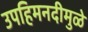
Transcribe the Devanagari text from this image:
उपहिमनदीमुळे